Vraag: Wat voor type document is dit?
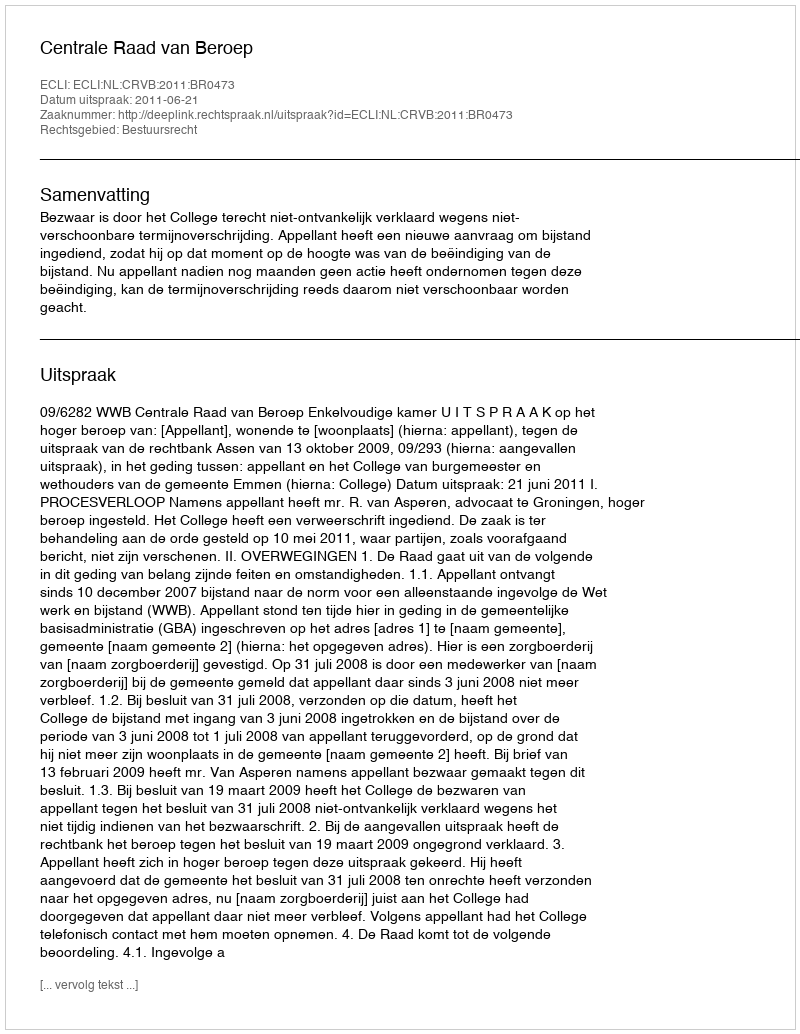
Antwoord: Uitspraak